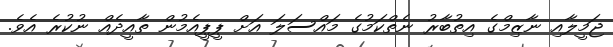
ޖަމީލާއި ނާޒިމްގެ އިތުބާރު ނެތްކަމުގެ މައްސަލަ އަށް ޕީޕީއެމުން ތާއީދެއް ނުކުރެ އެވެ.